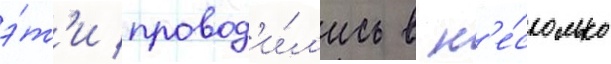
э́т'и провод'и́л'ись в н'е́сколько